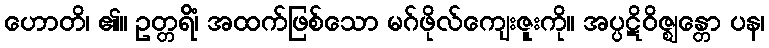
ဟောတိ၊ ၏။ ဥတ္တရိံ၊ အထက်ဖြစ်သော မဂ်ဖိုလ်ကျေးဇူးကို။ အပ္ပဋိဝိဇ္ဈန္တော ပန၊